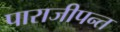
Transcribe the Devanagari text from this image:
पाराजीपन्त